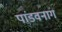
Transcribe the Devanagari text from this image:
पांडवनाग